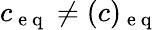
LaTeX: c_{\mathrm{~e~q~}}\ne(c)_{\mathrm{~e~q~}}